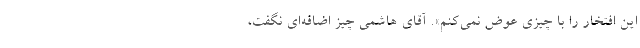
این افتخار را با چیزی عوض نمی‌کنم». آقای هاشمی چیز اضافه‌ای نگفت،